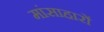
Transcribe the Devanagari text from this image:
मांसाहारों